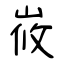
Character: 峳